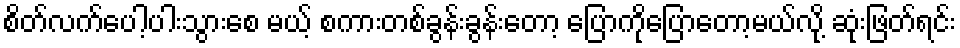
စိတ်လက်ပေါ့ပါးသွားစေ မယ့် စကားတစ်ခွန်းခွန်းတော့ ပြောကိုပြောတော့မယ်လို့ ဆုံးဖြတ်ရင်း